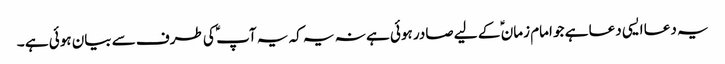
یہ دعا ایسی دعا ہے جو امام زمان ؑ کے لیے صادر ہوئی ہے نہ یہ کہ یہ آپ ؑ کی طرف سے بیان ہوئی ہے ۔